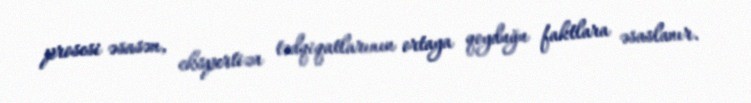
prosesi əsasən, ekspertiza tədqiqatlarının ortaya qoyduğu faktlara əsaslanır.